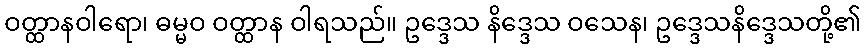
ဝတ္ထာနဝါရော၊ ဓမ္မဝ ဝတ္ထာန ဝါရသည်။ ဥဒ္ဒေသ နိဒ္ဒေသ ဝသေန၊ ဥဒ္ဒေသနိဒ္ဒေသတို့၏